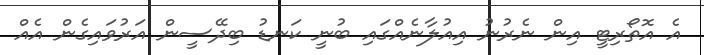
އެ އޮތޯރިޓީ އިން ނެރުނު އިއުލާނެއްގައި ބުނީ ކަނޑު ބިދޭސީން އަރުވައިގެން އެއް